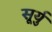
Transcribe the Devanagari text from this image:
सूर्यु